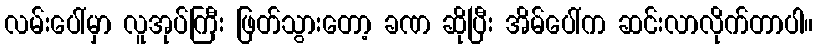
လမ်းပေါ်မှာ လူအုပ်ကြီး ဖြတ်သွားတော့ ခဏ ဆိုပြီး အိမ်ပေါ်က ဆင်းလာလိုက်တာပါ။